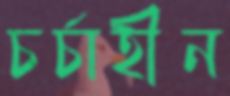
চর্চাহীন